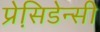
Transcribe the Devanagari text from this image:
प्रेसि़डेन्सी